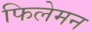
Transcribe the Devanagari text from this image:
फिलेमन